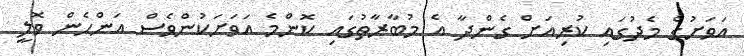
އަވަށުގެ މެދުގައި ކުރިއަށް ގެންދާ އެ މުބާރާތުގައި ކޮންމެ އަވަށަކުންވެސް އަންހެން ވޮލީ